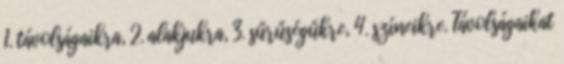
1. távolságaikra, 2. alakjukra, 3. sűrűségűkre, 4. színeikre. Távolságaikat